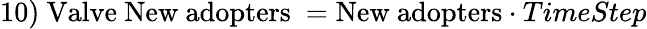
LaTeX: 10)\ {\mathrm{Valve~New~adopters}}\ ={\mathrm{New~adopters}}\cdot TimeStep